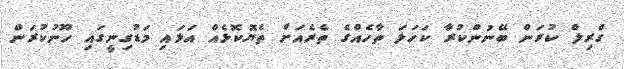
ގްރިލް ކުރަން ބޭނުންކުރާ ކަހަލަ ތާހެއްގެ ތެރެއަށް ތެޔޮކޮޅެއް އަޅައި މަޑުގިނީގައި ހޫނުކުރަން